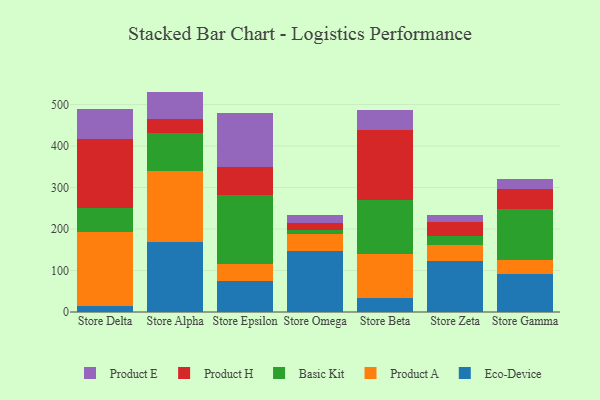
{"axis": {"x": "Store", "y": "Waste Production (Tons)"}, "legend": ["Basic Kit", "Eco-Device", "Product A", "Product E", "Product H"], "data": [{"x": "Store Delta", "y": 15.5, "type": "Eco-Device"}, {"x": "Store Delta", "y": 176.9, "type": "Product A"}, {"x": "Store Delta", "y": 57.3, "type": "Basic Kit"}, {"x": "Store Delta", "y": 166.2, "type": "Product H"}, {"x": "Store Delta", "y": 72.2, "type": "Product E"}, {"x": "Store Alpha", "y": 169.5, "type": "Eco-Device"}, {"x": "Store Alpha", "y": 170.7, "type": "Product A"}, {"x": "Store Alpha", "y": 90.1, "type": "Basic Kit"}, {"x": "Store Alpha", "y": 34.4, "type": "Product H"}, {"x": "Store Alpha", "y": 66.5, "type": "Product E"}, {"x": "Store Epsilon", "y": 75.7, "type": "Eco-Device"}, {"x": "Store Epsilon", "y": 40.2, "type": "Product A"}, {"x": "Store Epsilon", "y": 166.2, "type": "Basic Kit"}, {"x": "Store Epsilon", "y": 67.3, "type": "Product H"}, {"x": "Store Epsilon", "y": 130.9, "type": "Product E"}, {"x": "Store Omega", "y": 147.1, "type": "Eco-Device"}, {"x": "Store Omega", "y": 41.4, "type": "Product A"}, {"x": "Store Omega", "y": 8.4, "type": "Basic Kit"}, {"x": "Store Omega", "y": 17.9, "type": "Product H"}, {"x": "Store Omega", "y": 19.8, "type": "Product E"}, {"x": "Store Beta", "y": 32.6, "type": "Eco-Device"}, {"x": "Store Beta", "y": 107.3, "type": "Product A"}, {"x": "Store Beta", "y": 129.7, "type": "Basic Kit"}, {"x": "Store Beta", "y": 169.0, "type": "Product H"}, {"x": "Store Beta", "y": 47.5, "type": "Product E"}, {"x": "Store Zeta", "y": 122.7, "type": "Eco-Device"}, {"x": "Store Zeta", "y": 39.8, "type": "Product A"}, {"x": "Store Zeta", "y": 19.6, "type": "Basic Kit"}, {"x": "Store Zeta", "y": 35.5, "type": "Product H"}, {"x": "Store Zeta", "y": 16.9, "type": "Product E"}, {"x": "Store Gamma", "y": 91.5, "type": "Eco-Device"}, {"x": "Store Gamma", "y": 33.8, "type": "Product A"}, {"x": "Store Gamma", "y": 123.3, "type": "Basic Kit"}, {"x": "Store Gamma", "y": 47.3, "type": "Product H"}, {"x": "Store Gamma", "y": 25.2, "type": "Product E"}]}